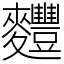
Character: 麷